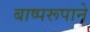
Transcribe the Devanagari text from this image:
बाष्परूपाने